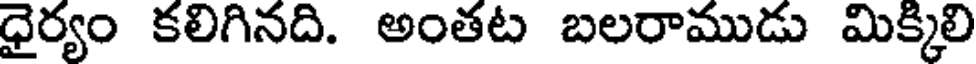
ధైర్యం కలిగినది. అంతట బలరాముడు మిక్కిలి